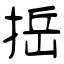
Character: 捳